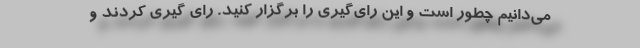
می‌دانیم چطور است و این رای‌گیری را برگزار کنید. رای گیری کردند و